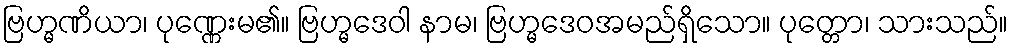
ဗြဟ္မဏိယာ၊ ပုဏ္ဏေးမ၏။ ဗြဟ္မဒေဝါ နာမ၊ ဗြဟ္မဒေဝအမည်ရှိသော။ ပုတ္တော၊ သားသည်။